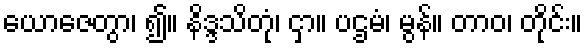
ယောဇေတွာ၊ ၍။ နိဒ္ဒသိတုံ၊ ငှာ။ ပဌမံ၊ မွန်။ တာဝ၊ တိုင်း။